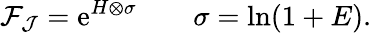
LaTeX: {\cal F}_{\cal J}=\mathrm{e}^{H\otimes\sigma}\qquad\sigma=\ln(1+E).